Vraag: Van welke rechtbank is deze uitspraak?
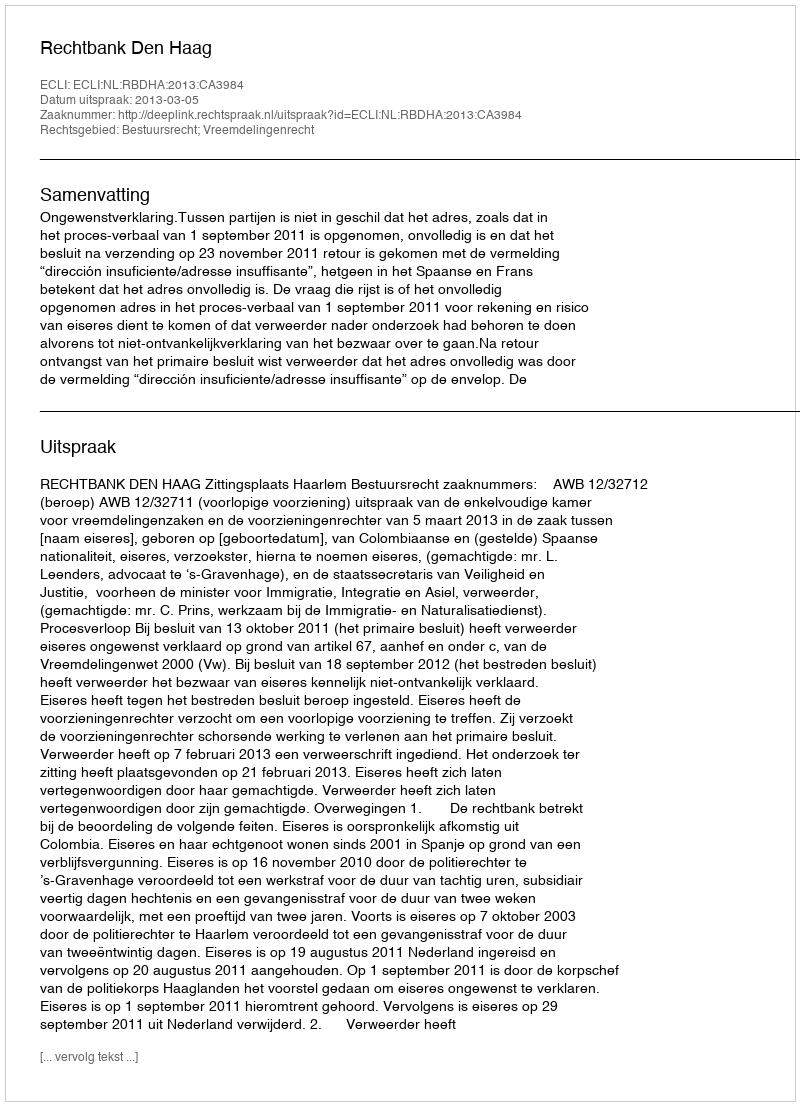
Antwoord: Rechtbank Den Haag